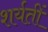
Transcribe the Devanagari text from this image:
शर्यतीं